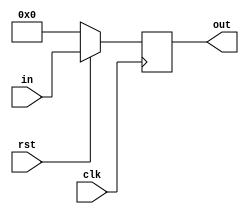
`timescale 1ns/1ps

module PIPOshift(in, out, clk, rst);
  
  
  input [3:0]in; 
  input clk, rst;
  
  output reg [3:0]out;
  
  always @(posedge clk) begin
    
    if(~rst) out=4'b0000; //reset
    
    else out<=in; //parallel shifter deil de 4 kanall buffer ya da sampler oldu gibi lol
          
  end
  
endmodule